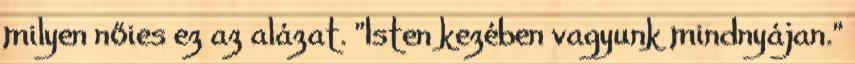
milyen nőies ez az alázat. "Isten kezében vagyunk mindnyájan."